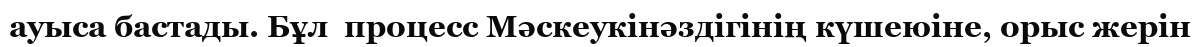
ауыса бастады. Бұл  процесс Мәскеукінәздігінің күшеюіне, орыс жерін